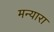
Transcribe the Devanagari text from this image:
मन्यारा